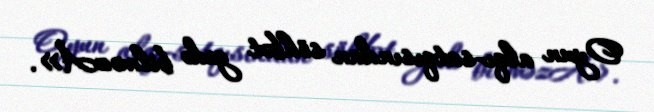
Oyun alqı-satqısından söhbət gedə bilməzÂ».